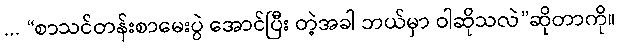
... “စာသင်တန်းစာမေးပွဲ အောင်ပြီး တဲ့အခါ ဘယ်မှာ ဝါဆိုသလဲ”ဆိုတာကို။